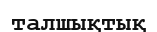
талшықтық